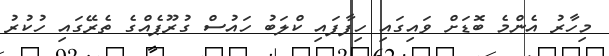
މިހާރު އެންމެ ބޮޑަށް ވައިގައި ހިފާފައި ކްލަބު ހައުސް ގުރޫޕެއްގެ ތެރޭގައި ހުކުރު